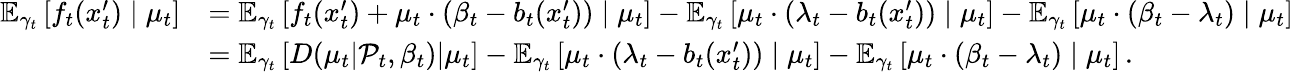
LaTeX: \begin{array}{rl}{\mathbb{E}_{\gamma_{t}}\left[f_{t}(x_{t}^{\prime})\mid\mu_{t}\right]}&{=\mathbb{E}_{\gamma_{t}}\left[f_{t}(x_{t}^{\prime})+\mu_{t}\cdot(\beta_{t}-b_{t}(x_{t}^{\prime}))\mid\mu_{t}\right]-\mathbb{E}_{\gamma_{t}}\left[\mu_{t}\cdot(\lambda_{t}-b_{t}(x_{t}^{\prime}))\mid\mu_{t}\right]-\mathbb{E}_{\gamma_{t}}\left[\mu_{t}\cdot(\beta_{t}-\lambda_{t})\mid\mu_{t}\right]}\\ &{=\mathbb{E}_{\gamma_{t}}\left[D(\mu_{t}|\mathcal{P}_{t},\beta_{t})|\mu_{t}\right]-\mathbb{E}_{\gamma_{t}}\left[\mu_{t}\cdot(\lambda_{t}-b_{t}(x_{t}^{\prime}))\mid\mu_{t}\right]-\mathbb{E}_{\gamma_{t}}\left[\mu_{t}\cdot(\beta_{t}-\lambda_{t})\mid\mu_{t}\right]\, .}\end{array}